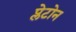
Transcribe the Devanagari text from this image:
प्लेटोन